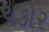
ચકોર